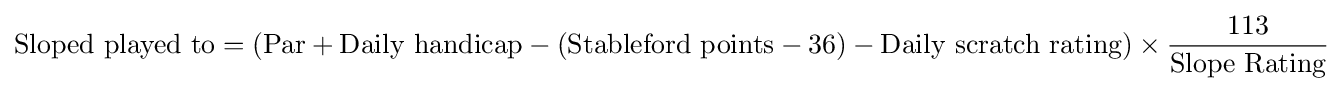
{\mbox{Sloped played to}}=({\mbox{Par}}+{\mbox{Daily handicap}}-({\mbox{Stableford points}}-{\mbox{36}})-{\mbox{Daily scratch rating}})\times {\frac {\mbox{113}}{\mbox{Slope Rating}}}